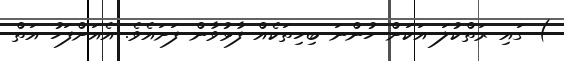
) ގައި ރަތްކުލަ އަކަށް ހުންނަ ބިހިތަކެއް ފާޅުވާން ފަށައެވެ. އެއަށްފަހު އަތް